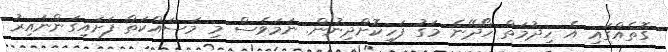
ގޮތެއްގައި އެ ހިދުމަތް ހޯދޭނެ މަގު ފަހިކޮށްދިނުން. ނަމަވެސް މި މަސައްކަތް ފަށައިގަންނައިރު